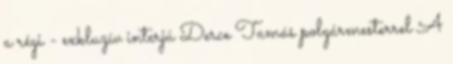
a régi - exkluzív interjú Derce Tamás polgármesterrel A